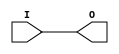
module IBUFG_PCI33_5 (O, I);

    output O;

    input  I;

	buf B1 (O, I);


endmodule